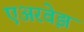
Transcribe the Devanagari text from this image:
एअरवेझ